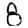
Digit: 8